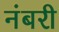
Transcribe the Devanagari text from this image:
नंबरी